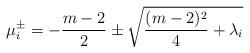
LaTeX: \begin{align*}\mu_i^\pm = -\frac{m-2}{2} \pm \sqrt{\frac{(m-2)^2}{4} + \lambda_i}\end{align*}